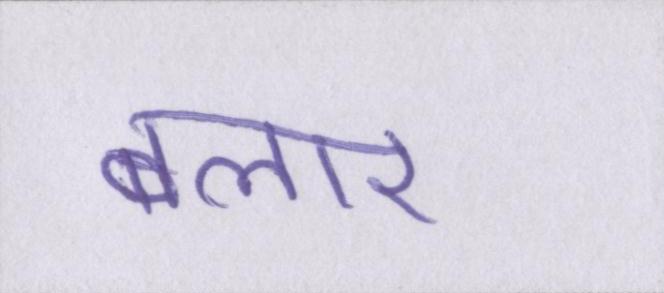
बलार